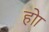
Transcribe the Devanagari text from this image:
होा